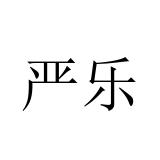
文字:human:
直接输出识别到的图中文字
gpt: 严乐